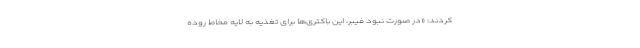
کردند: «در صورت نبود فیبر، این باکتری‌ها برای تغذیه به لایه مخاط روده